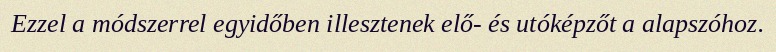
Ezzel a módszerrel egyidőben illesztenek elő- és utóképzőt a alapszóhoz.